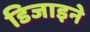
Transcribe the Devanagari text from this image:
डिजाइने